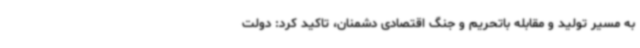
به مسیر تولید و مقابله باتحریم و جنگ اقتصادی دشمنان، تاکید کرد: دولت